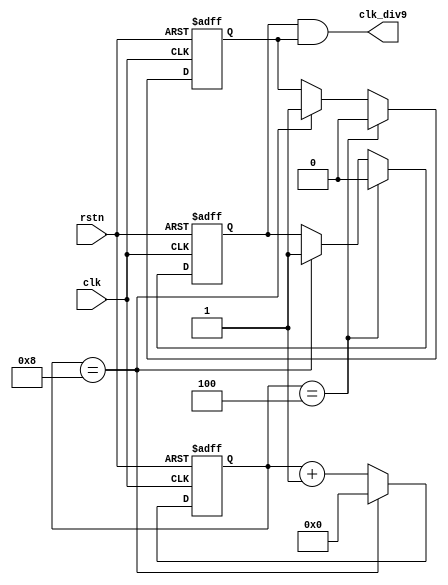
module odo_div_and
   #( parameter DIV_CLK = 9 )
   (
    input               rstn ,
    input               clk,
    output              clk_div9
    );

   //capture at negedge
   reg [3:0]            cnt ;
   always @(posedge clk or negedge rstn) begin
      if (!rstn) begin
         cnt    <= 'b0 ;
      end
      else if (cnt == DIV_CLK-1) begin
         cnt    <= 'b0 ;
      end
      else begin
         cnt    <= cnt + 1'b1 ;
      end
   end

   reg                  clkp_div9_r ;
   always @(posedge clk or negedge rstn) begin
      if (!rstn) begin
         clkp_div9_r <= 1'b0 ;
      end
      else if (cnt == (DIV_CLK>>1) ) begin //when 4, low-lever at 5-8
        clkp_div9_r <= 0 ;
      end
      else if (cnt == DIV_CLK-1) begin //when 9 , high-level at 0-3
        clkp_div9_r <= 1 ;
      end
   end

   reg                  clkn_div9_r ;
   always @(negedge clk or negedge rstn) begin
      if (!rstn) begin
         clkn_div9_r <= 1'b0 ;
      end
      else if (cnt == (DIV_CLK>>1) ) begin //when 4, low-lever at 5-9
        clkn_div9_r <= 0 ;
      end
      else if (cnt == DIV_CLK-1) begin //when 9 , high-level at 0-3
        clkn_div9_r <= 1 ;
      end
   end

   assign clk_div9 = clkp_div9_r & clkn_div9_r ;

endmodule